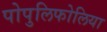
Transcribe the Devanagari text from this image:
पोपुलिफोलिया